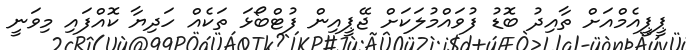
ޕީޕީއެމްއަށް ތާއިދު ބޮޑު ފުވައްމުލަކަށް ޖޭޕީއިން ފުޓްބޯޅަ ތަކެއް ހަދިޔާ ކޮއްފައި މިވަނީ